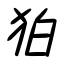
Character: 狛